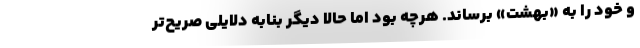
و خود را به «بهشت» برساند. هرچه بود اما حالا دیگر بنابه دلایلی صریح‌تر